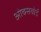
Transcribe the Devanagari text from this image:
ओक्सवोर्ड